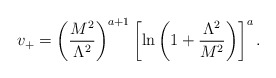
\begin{align*}v_+= \left( \frac{M^2}{\Lambda^2} \right)^{a+1} \left[ \ln \left(1+ \frac{\Lambda^2}{M^2} \right) \right]^a. \end{align*}